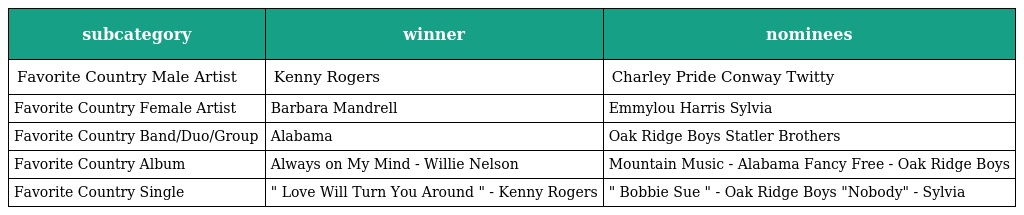
| subcategory | winner | nominees |
 | --- | --- | --- |
 | Favorite Country Male Artist | Kenny Rogers | Charley Pride Conway Twitty |
 | Favorite Country Female Artist | Barbara Mandrell | Emmylou Harris Sylvia |
 | Favorite Country Band/Duo/Group | Alabama | Oak Ridge Boys Statler Brothers |
 | Favorite Country Album | Always on My Mind - Willie Nelson | Mountain Music - Alabama Fancy Free - Oak Ridge Boys |
 | Favorite Country Single | " Love Will Turn You Around " - Kenny Rogers | " Bobbie Sue " - Oak Ridge Boys "Nobody" - Sylvia |